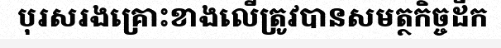
បុរសរងគ្រោះខាងលើត្រូវបានសមត្ថកិច្ចដឹក